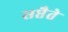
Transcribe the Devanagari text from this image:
सप्तैते